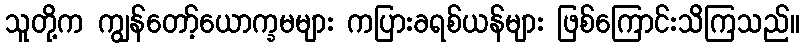
သူတို့က ကျွန်တော့်ယောက္ခမများ ကပြားခရစ်ယန်များ ဖြစ်ကြောင်းသိကြသည်။